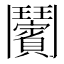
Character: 𩰝